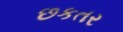
છકતર